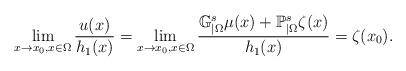
\begin{align*}\lim_{x\to x_0, x\in\Omega} \frac{u(x)}{h_1(x)}= \lim_{x\to x_0, x\in\Omega} \frac{\mathbb{G}_{|\Omega}^s\mu(x)+\mathbb{P}_{|\Omega}^s\zeta(x)}{h_1(x)}= \zeta(x_0).\end{align*}